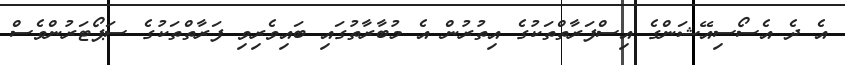
އެ ދެ އެސޯސިއޭޝަންގެ އިސްފަރާތްތަކުގެ އިތުރުން އެ މުބާރާތުގައި ބައިވެރިވި ފަރާތްތަކުގެ ސަޕޯޓަރުންވެސް